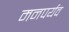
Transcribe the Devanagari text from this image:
मनपर्यव